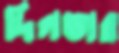
দিলভার